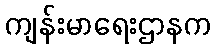
ကျန်းမာရေးဌာနက